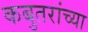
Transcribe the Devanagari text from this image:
कबुतरांच्या